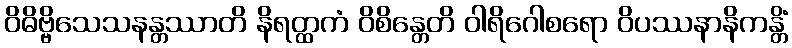
ဝိဓိဗ္ဗိသေသနန္တဿာတိ နိရတ္ထကံ ဝိစိန္တေတိ ဝါရိဂေါစရော ဝိပဿနာနိကန္တိံ